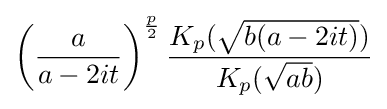
\left({\frac {a}{a-2it}}\right)^{\frac {p}{2}}{\frac {K_{p}({\sqrt {b(a-2it)}})}{K_{p}({\sqrt {ab}})}}